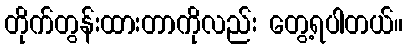
တိုက်တွန်းထားတာကိုလည်း တွေ့ရပါတယ်။